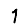
Digit: 1